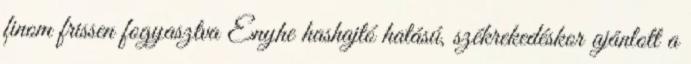
finom frissen fogyasztva Enyhe hashajtó hatású, székrekedéskor ajánlott a